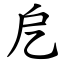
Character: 戹